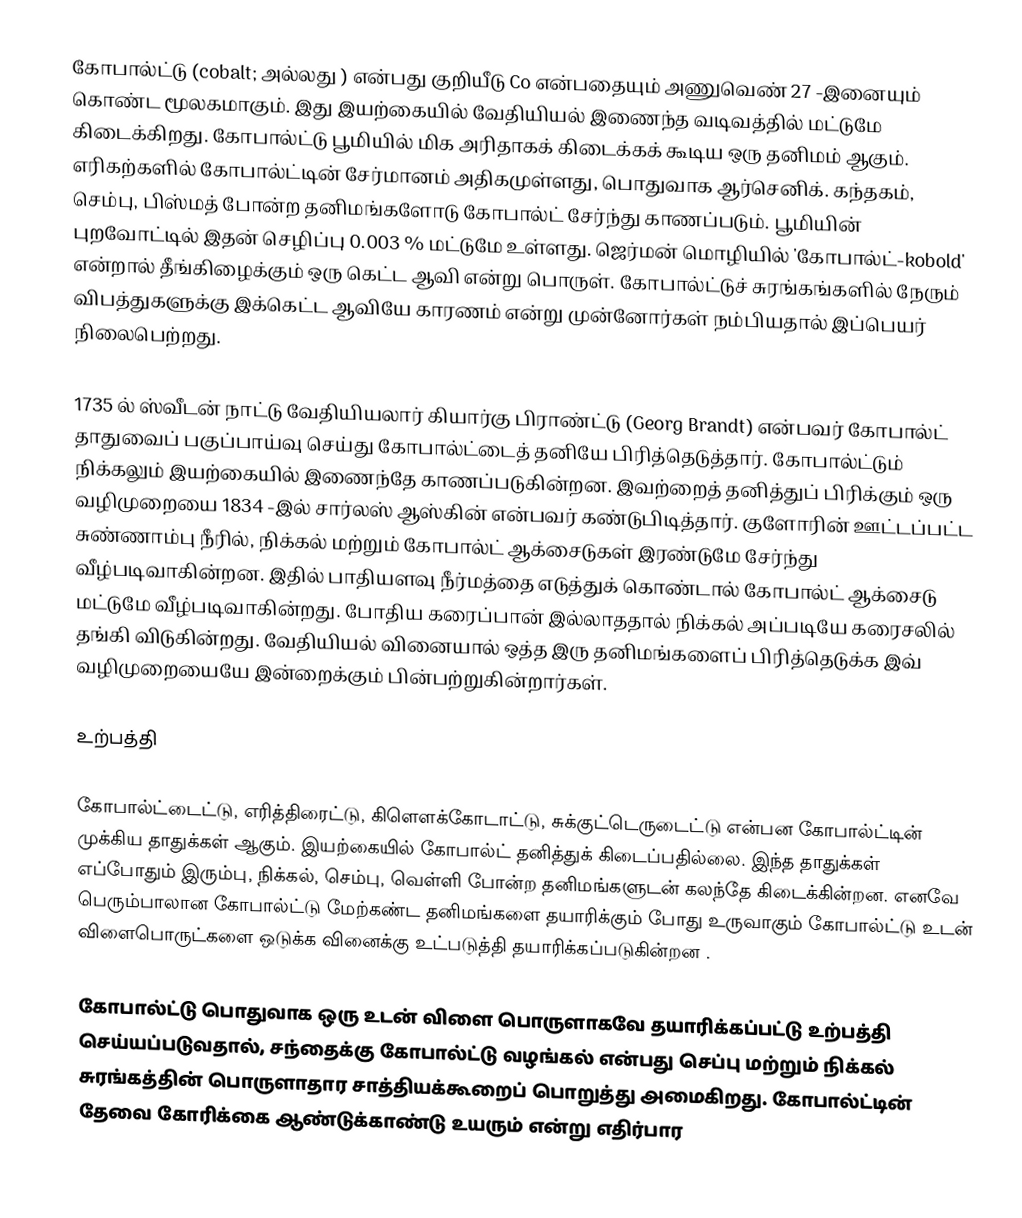
கோபால்ட்டு (cobalt;   அல்லது  ) என்பது குறியீடு Co என்பதையும் அணுவெண் 27 -இனையும் கொண்ட மூலகமாகும். இது இயற்கையில் வேதியியல் இணைந்த வடிவத்தில் மட்டுமே கிடைக்கிறது. கோபால்ட்டு பூமியில் மிக அரிதாகக் கிடைக்கக் கூடிய ஒரு தனிமம் ஆகும். எரிகற்களில் கோபால்ட்டின் சேர்மானம் அதிகமுள்ளது, பொதுவாக ஆர்செனிக். கந்தகம், செம்பு, பிஸ்மத் போன்ற தனிமங்களோடு கோபால்ட் சேர்ந்து காணப்படும். பூமியின் புறவோட்டில் இதன் செழிப்பு 0.003 % மட்டுமே உள்ளது. ஜெர்மன் மொழியில் 'கோபால்ட்-kobold' என்றால் தீங்கிழைக்கும் ஒரு கெட்ட ஆவி என்று பொருள். கோபால்ட்டுச் சுரங்கங்களில் நேரும் விபத்துகளுக்கு இக்கெட்ட ஆவியே காரணம் என்று முன்னோர்கள் நம்பியதால் இப்பெயர் நிலைபெற்றது.

1735 ல் ஸ்வீடன் நாட்டு வேதியியலார் கியார்கு பிராண்ட்டு (Georg Brandt) என்பவர் கோபால்ட் தாதுவைப் பகுப்பாய்வு செய்து கோபால்ட்டைத் தனியே பிரித்தெடுத்தார். கோபால்ட்டும் நிக்கலும் இயற்கையில் இணைந்தே காணப்படுகின்றன. இவற்றைத் தனித்துப் பிரிக்கும் ஒரு வழிமுறையை 1834 -இல் சார்லஸ் ஆஸ்கின் என்பவர் கண்டுபிடித்தார். குளோரின் ஊட்டப்பட்ட சுண்ணாம்பு நீரில், நிக்கல் மற்றும் கோபால்ட் ஆக்சைடுகள் இரண்டுமே சேர்ந்து வீழ்படிவாகின்றன. இதில் பாதியளவு நீர்மத்தை எடுத்துக் கொண்டால் கோபால்ட் ஆக்சைடு மட்டுமே வீழ்படிவாகின்றது. போதிய கரைப்பான் இல்லாததால் நிக்கல் அப்படியே கரைசலில் தங்கி விடுகின்றது. வேதியியல் வினையால் ஒத்த இரு தனிமங்களைப் பிரித்தெடுக்க இவ் வழிமுறையையே இன்றைக்கும் பின்பற்றுகின்றார்கள்.

உற்பத்தி

கோபால்ட்டைட்டு, எரித்திரைட்டு, கிளௌக்கோடாட்டு, சுக்குட்டெருடைட்டு என்பன கோபால்ட்டின் முக்கிய தாதுக்கள் ஆகும். இயற்கையில் கோபால்ட் தனித்துக் கிடைப்பதில்லை. இந்த தாதுக்கள் எப்போதும் இரும்பு, நிக்கல், செம்பு, வெள்ளி போன்ற தனிமங்களுடன் கலந்தே கிடைக்கின்றன. எனவே பெரும்பாலான கோபால்ட்டு மேற்கண்ட தனிமங்களை தயாரிக்கும் போது உருவாகும் கோபால்ட்டு உடன் விளைபொருட்களை ஒடுக்க வினைக்கு உட்படுத்தி தயாரிக்கப்படுகின்றன .

கோபால்ட்டு பொதுவாக ஒரு உடன் விளை பொருளாகவே தயாரிக்கப்பட்டு உற்பத்தி செய்யப்படுவதால், சந்தைக்கு கோபால்ட்டு வழங்கல் என்பது செப்பு மற்றும் நிக்கல் சுரங்கத்தின் பொருளாதார சாத்தியக்கூறைப் பொறுத்து அமைகிறது. கோபால்ட்டின் தேவை கோரிக்கை ஆண்டுக்காண்டு உயரும் என்று எதிர்பார